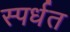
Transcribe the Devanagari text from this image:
स्पर्धत